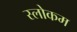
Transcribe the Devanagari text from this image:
स्‍लोकम